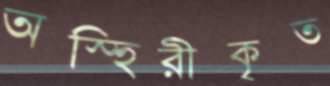
অস্হিরীকৃত